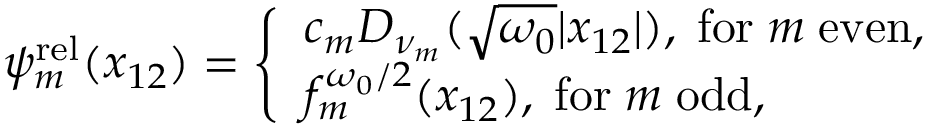
\begin{array} { r } { \psi _ { m } ^ { \mathrm { r e l } } ( x _ { 1 2 } ) = \left\{ \begin{array} { l l } { c _ { m } D _ { \nu _ { m } } ( \sqrt { \omega _ { 0 } } | x _ { 1 2 } | ) , \; \mathrm { f o r } \; m \; \mathrm { e v e n } , } \\ { f _ { m } ^ { \omega _ { 0 } / 2 } ( x _ { 1 2 } ) , \; \mathrm { f o r } \; m \; \mathrm { o d d } , } \end{array} \right. } \end{array}